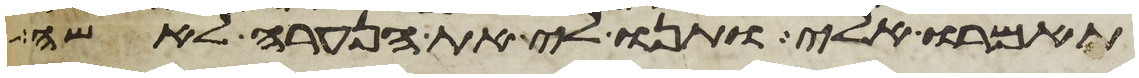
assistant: תאמרו אלי ותנו לי את הנערה לאשה